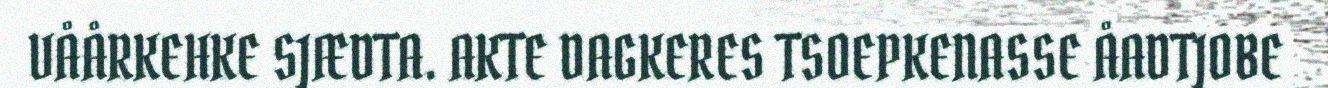
VÅÅRKEHKE SJÆDTA. AKTE DAGKERES TSOEPKENASSE ÅADTJOBE